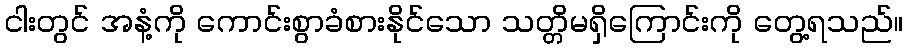
ငါးတွင် အနံ့ကို ကောင်းစွာခံစားနိုင်သော သတ္တိမရှိကြောင်းကို တွေ့ရသည်။